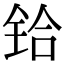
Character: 铪